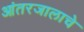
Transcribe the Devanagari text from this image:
आंतरजालाचे